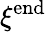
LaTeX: \xi^{\mathrm{end}}